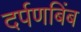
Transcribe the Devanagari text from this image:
दर्पणबिंब